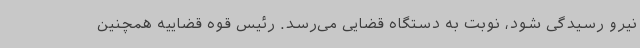
نیرو رسیدگی شود، نوبت به دستگاه قضایی می‌رسد. رئیس قوه قضاییه همچنین